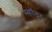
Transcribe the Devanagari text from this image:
स्काॅलर